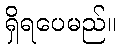
ရှိရပေမည်။